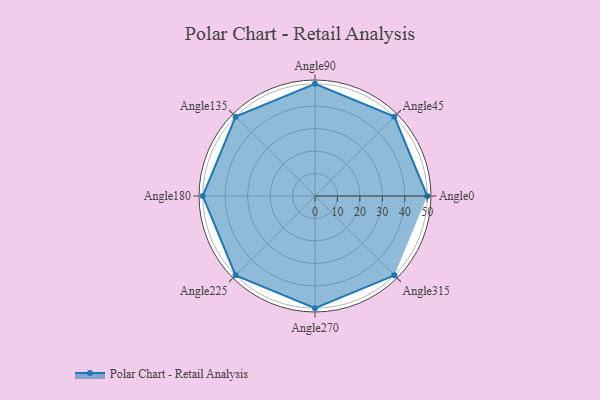
{"axis": {"x": "Angle", "y": "Radius"}, "legend": [""], "data": [{"x": "Angle0", "y": 50, "type": ""}, {"x": "Angle45", "y": 50, "type": ""}, {"x": "Angle90", "y": 50, "type": ""}, {"x": "Angle135", "y": 50, "type": ""}, {"x": "Angle180", "y": 50, "type": ""}, {"x": "Angle225", "y": 50, "type": ""}, {"x": "Angle270", "y": 50, "type": ""}, {"x": "Angle315", "y": 50, "type": ""}]}